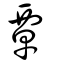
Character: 覃